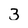
Character: 3